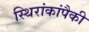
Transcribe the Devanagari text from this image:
स्थिरांकांपैकी